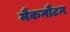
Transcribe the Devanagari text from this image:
मैकनौटन